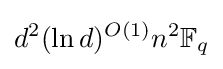
d^{2}(\ln d)^{O(1)}n^{2}\mathbb {F} _{q}